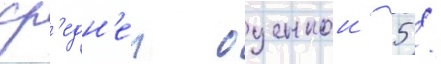
ср'едн'еи оценкои 5 /